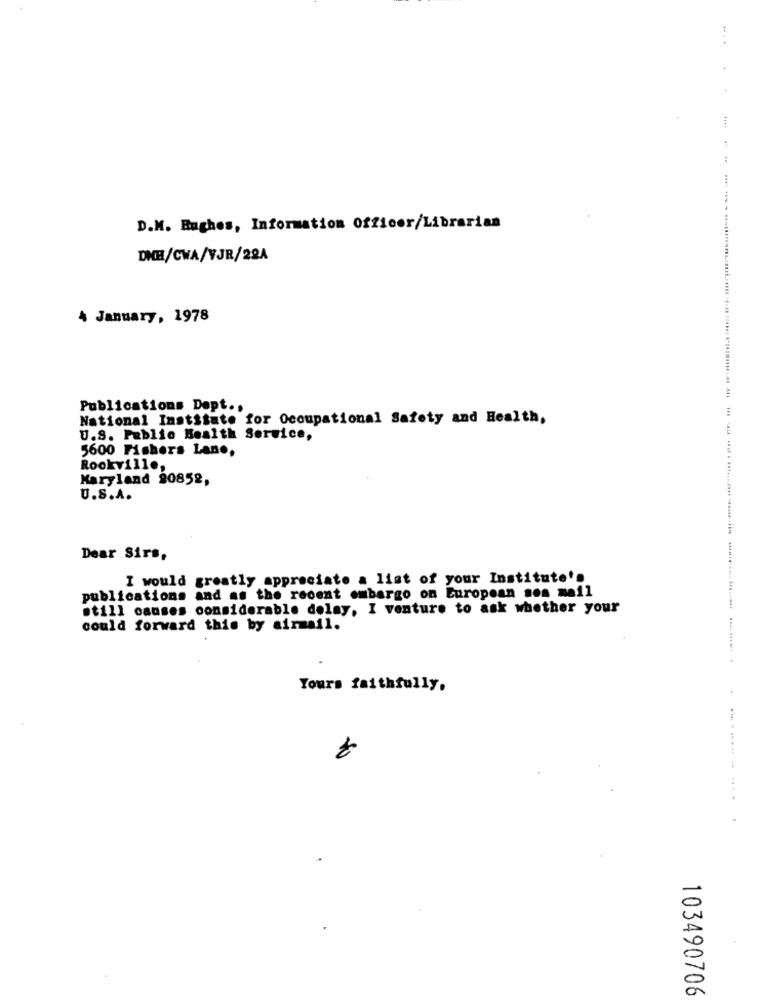
.. .
4
:
D.M. Hughes, Information Officer/Librarian
DHH/CWA/VJR/22A
4 January, 1978
Publications Dept .,
National Institute for Occupational Safety and Health,
U.S. Public Health Service,
5600 Fishers Lane,
Rookville,
Maryland 20852,
U.S.A.
Dear Sirs,
I would
greatly appreciate a list of your Institute's
publications and as the recent embargo on European son mail
still causes considerable dolay, I venture to ask whether your
could forward this by airmail.
Yours faithfully,
103490706